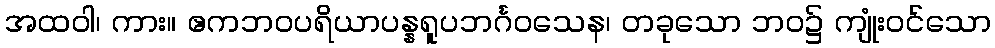
အထဝါ၊ ကား။ ဧကဘဝပရိယာပန္နရူပဘင်္ဂဝသေန၊ တခုသော ဘဝ၌ ကျုံးဝင်သော